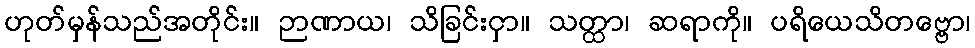
ဟုတ်မှန်သည်အတိုင်း။ ဉာဏာယ၊ သိခြင်းငှာ။ သတ္ထာ၊ ဆရာကို။ ပရိယေသိတဗ္ဗော၊